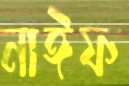
নাঈফ